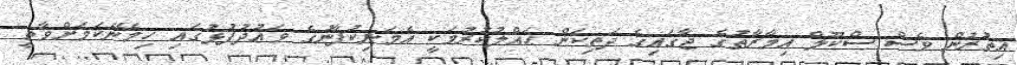
އިތުރުން ވެސް ސްކޫލް ޢިމާރާތުގެ ޖާގައިގެ ދަތިކަން ޙައްލުކުރުމަކީ އެމަނިކުފާނުގެ ވަޢުދުފުޅުގައި ހިމެނޭކަމަށްވާތީ